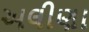
અલીણા